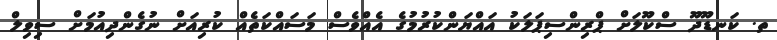
ތ. ކަނޑޫދޫ ސްކޫލަށް ޕްރިންސިޕަލަކު އައްޔަންކުރުމުގެ އެއްވެސް މަސައްކަތެއް ކުރިއަށް ނުގެންދިއުމަށް ސިވިލް